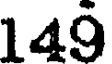
149